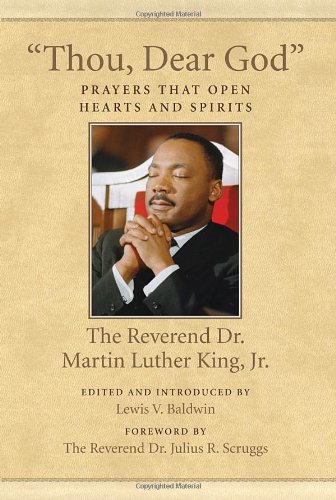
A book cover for "Thou, Dear God": Prayers That Open Hearts and Spirits (King Legacy); Martin Luther King Jr.; Christian Books & Bibles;